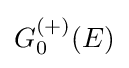
G_{0}^{(+)}(E)